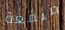
منفعة